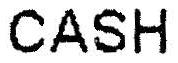
CASH